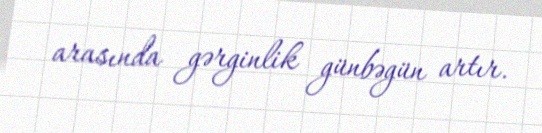
arasında gərginlik günbəgün artır.